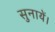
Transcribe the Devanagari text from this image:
सुनायें।